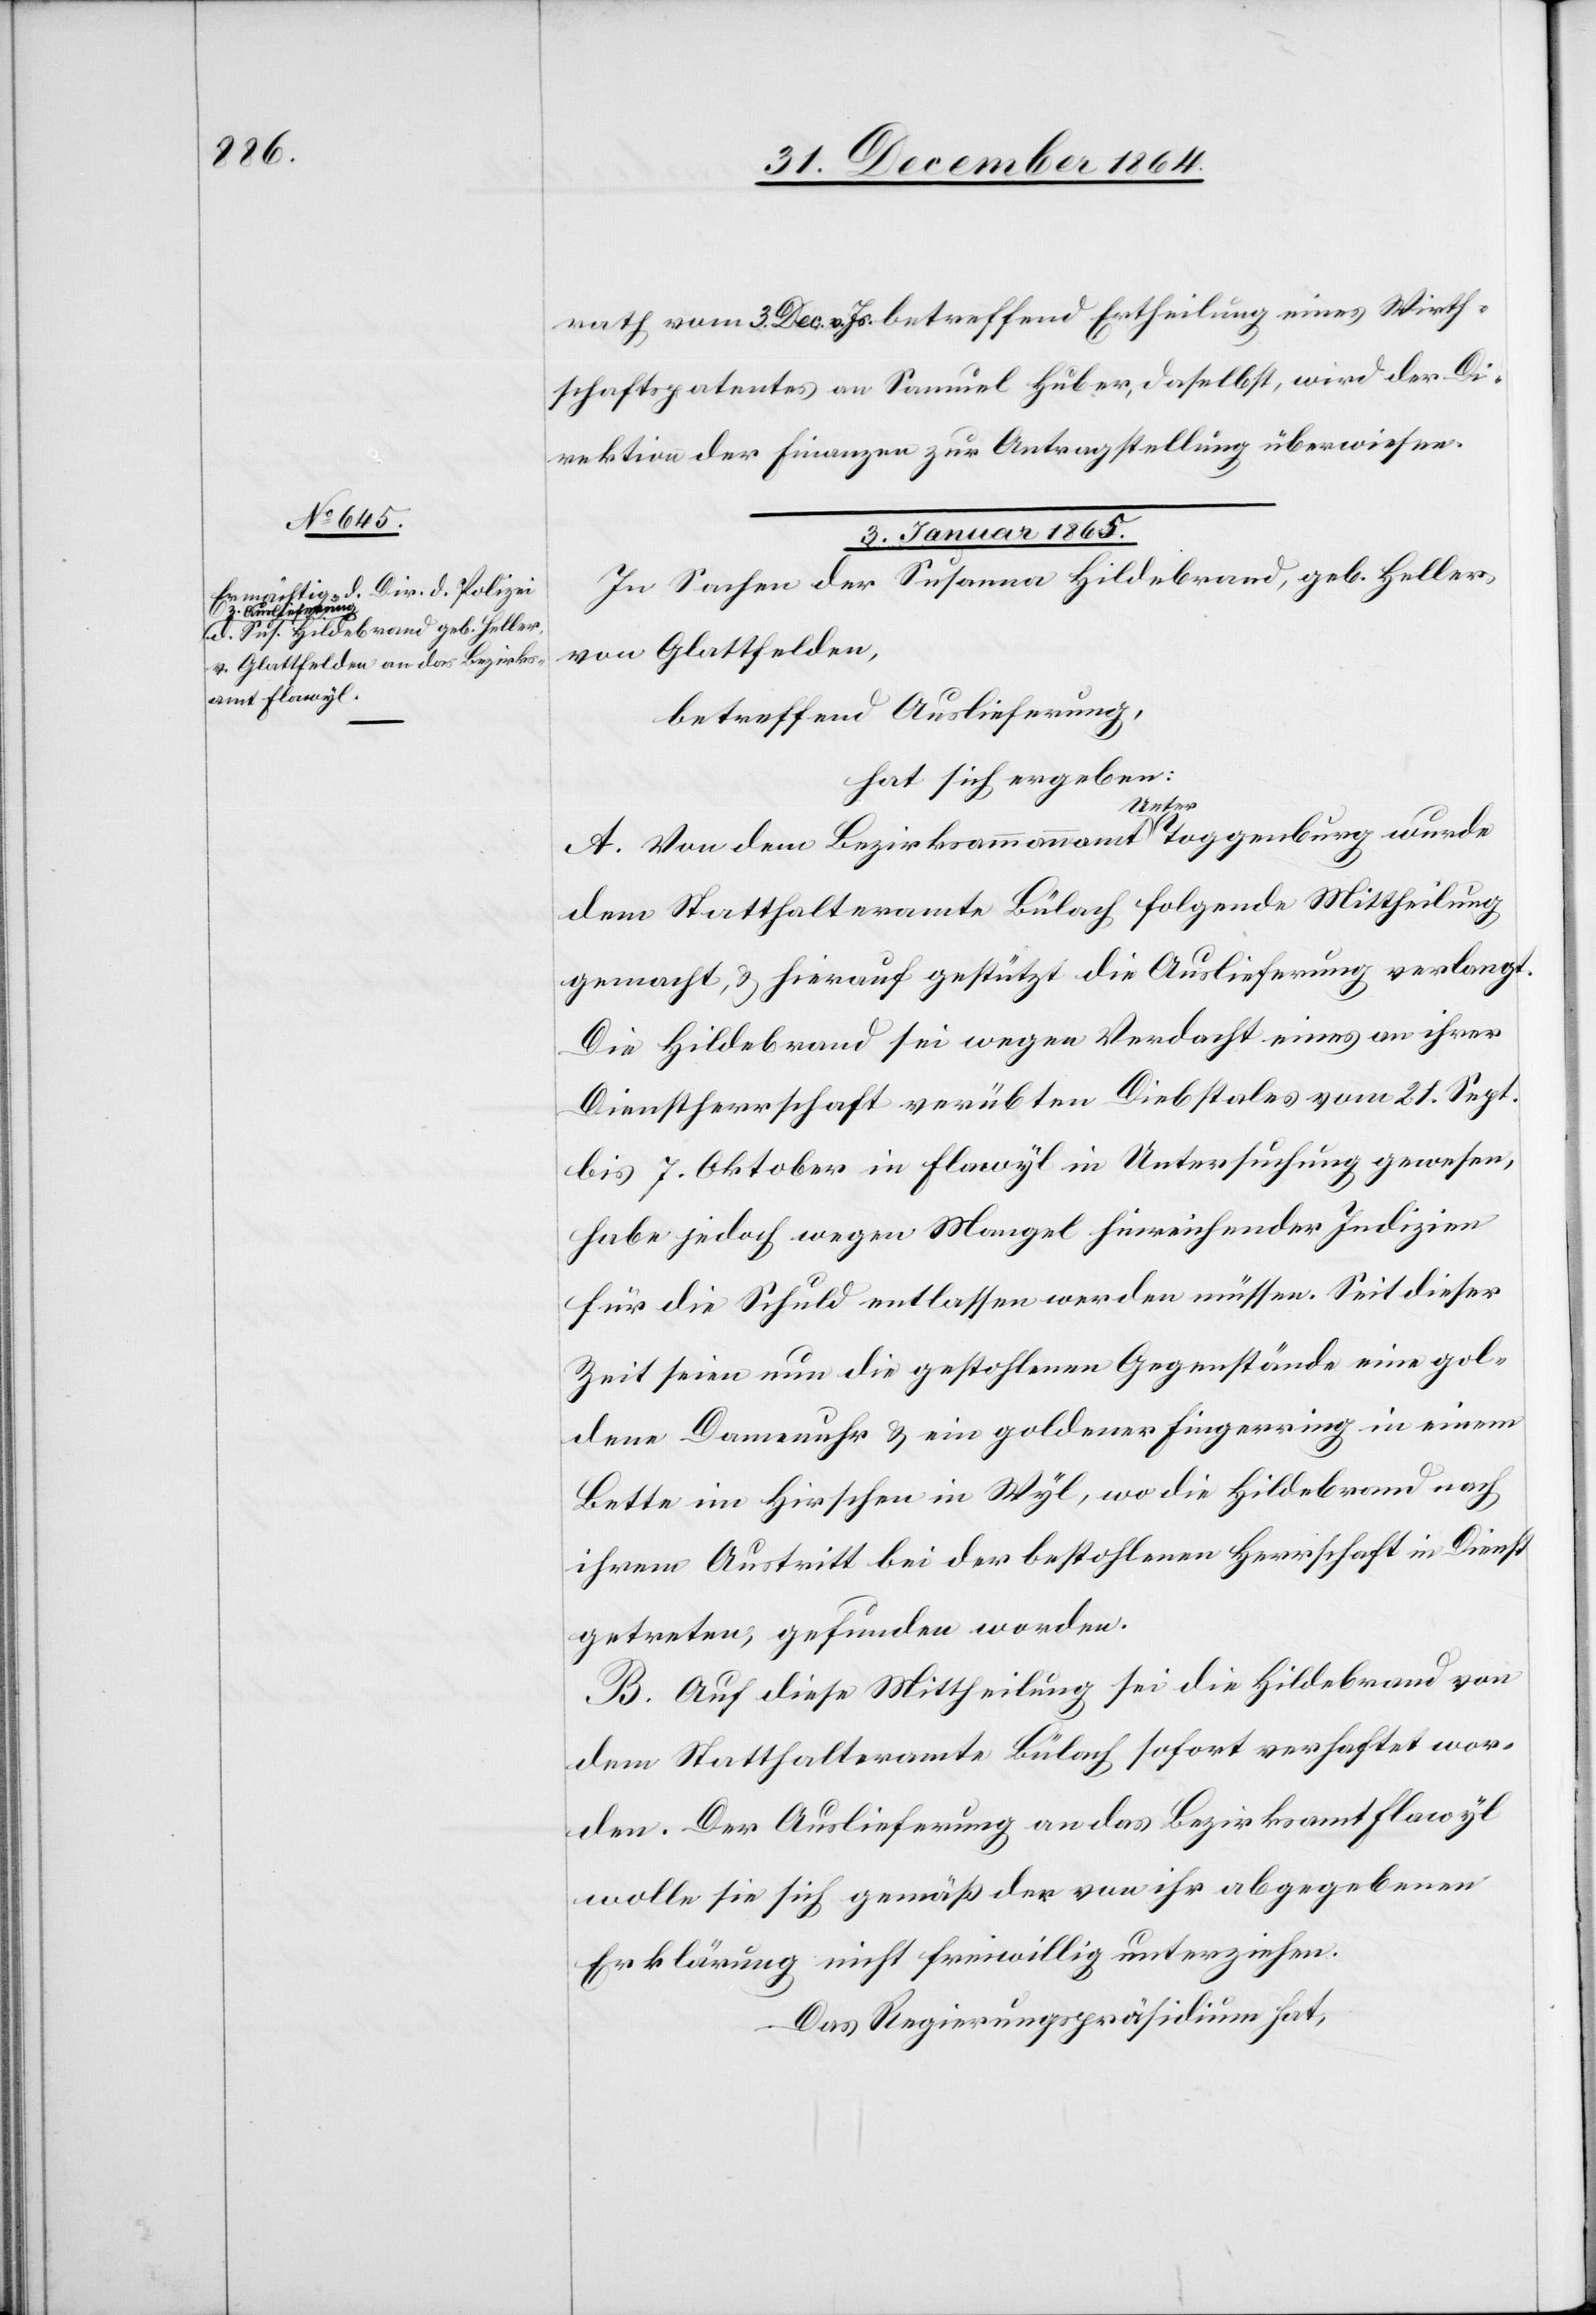
1865.

rath[es] vom 3. Dec. v. Js. betreffend Ertheilung eines Wirth¬
schaftspatentes an Samuel Huber, daselbst, wird der Di¬
rektion der Finanzen zur Antragstellung überwiesen.
3.
In Sachen der Susanna Hildebrand, geb. Heller,
von Glattfelden,
betreffend Auslieferung,
hat sich ergeben:
A. Von dem Bezirksammannamt a-Unter-aToggenburg wurde
dem Statthalteramte Bülach folgende Mittheilung
gemacht, & hierauf gestützt die Auslieferung verlangt.
Die Hildebrand sei wegen Verdacht eines an ihrer
Dienstherrschaft verübten Diebstales vom 21. Sept.
bis 7. Oktober in Flawyl in Untersuchung gewesen,
habe jedoch wegen Mangel hinreichender Indizien
für die Schuld entlassen werden müssen. Seit dieser
Zeit seien nun die gestohlenen Gegenstände[,] eine gol¬
dene Damenuhr & ein goldener Fingerring[,] in einem
Bette im Hirschen in Wyl, wo die Hildebrand nach
ihrem Austritt bei der bestohlenen Herrschaft in Dienst
getreten, gefunden worden.
B. Auf diese Mittheilung sei die Hildebrand von
dem Statthalteramte Bülach sofort verhaftet wor¬
den. Der Auslieferung an das Bezirksamt Flawyl
wolle sie sich gemäß der von ihr abgegebenen
Erklärung nicht freiwillig unterziehen.
Das Regierungspräsidium hat,